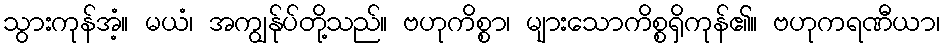
သွားကုန်အံ့။ မယံ၊ အကျွန်ုပ်တို့သည်။ ဗဟုကိစ္စာ၊ များသောကိစ္စရှိကုန်၏။ ဗဟုကရဏီယာ၊